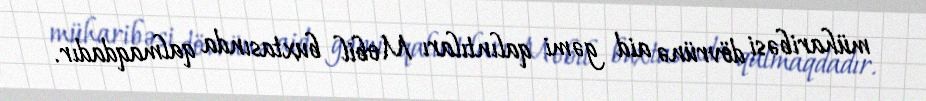
müharibəsi dövrünə aid gəmi qalıntıları Mobil buxtasında qalmaqdadır.